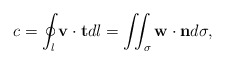
\begin{align*}c=\oint_l\mathbf{v}\cdot \mathbf{t}dl=\iint_{\sigma}\mathbf{w}\cdot\mathbf{n}d\sigma,\end{align*}